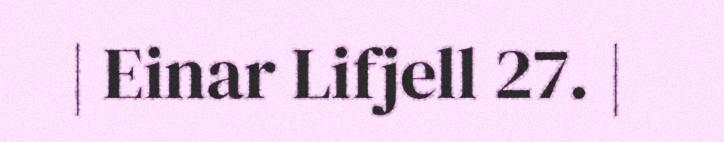
| Einar Lifjell 27. |